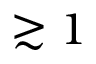
\gtrsim 1